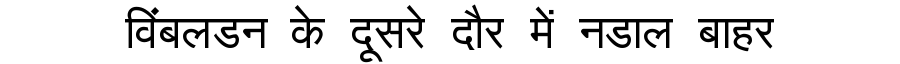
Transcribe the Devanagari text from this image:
विंबलडन के दूसरे दौर में नडाल बाहर